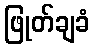
ဖြုတ်ချခံ